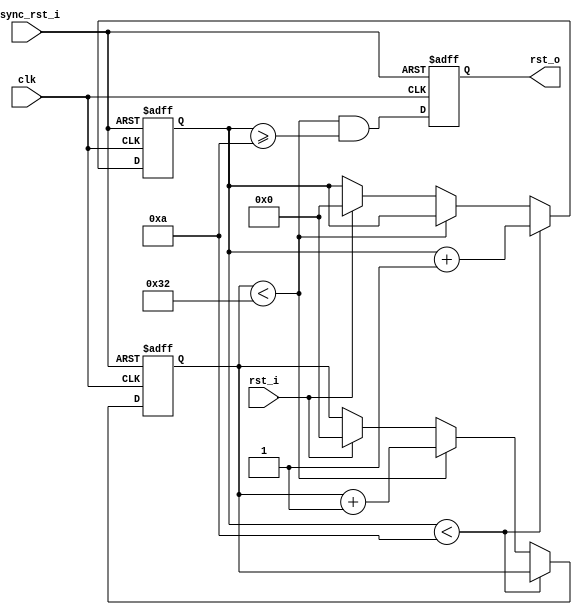
module reset_block(
    clk, async_rst_i, rst_i, rst_o
  );
  parameter DELAY = 10;
  parameter WIDTH = 50;
  input  clk;
  input  async_rst_i;
  input  rst_i;
  output rst_o;

  reg [31:0] delay_counter;
  reg [31:0] width_counter;

  reg rst_o;

  always @(posedge clk or posedge async_rst_i) begin
    if (async_rst_i) begin
      delay_counter<=32'b0;
      width_counter<=32'b0;
      rst_o <= 1'b0;
`ifdef DEBUG
      $display("rb: got async rst");
`endif
    end else begin
      rst_o <= (width_counter < WIDTH && delay_counter >= DELAY);
`ifdef SIMULATION
      /* fake initialization */
      if (delay_counter === 32'hxxxx_xxxx) begin
        delay_counter <= 32'b0;
      end else if (width_counter === 32'hxxxx_xxxx) begin
        width_counter <= 32'b0;
      end else
`endif
      if (delay_counter < DELAY) begin
        delay_counter<=delay_counter + 1;
      end else if (width_counter < WIDTH) begin
        width_counter<=width_counter + 1;
      end else if (rst_i == 1'b1) begin
        delay_counter<=32'b0;
        width_counter<=32'b0;
      end
    end
  end

endmodule